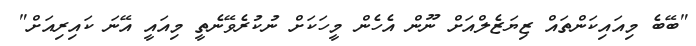
"ބޭބެ މިއައިކަންތައް ޒިޔަޒެލްއަށް ނޫން އެހެން މީހަކަށް ނުކުރެވޭނެތީ މިއައީ އޭނަ ކައިރިއަށް"